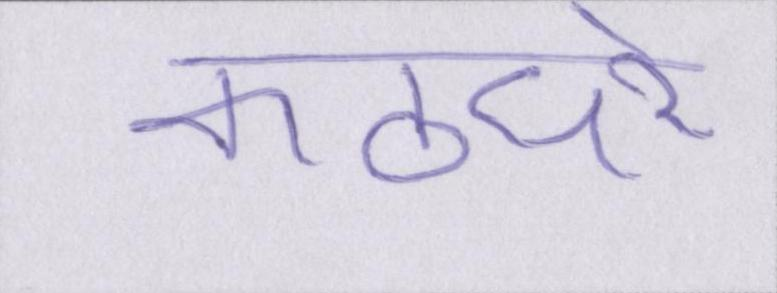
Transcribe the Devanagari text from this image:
कठघरे